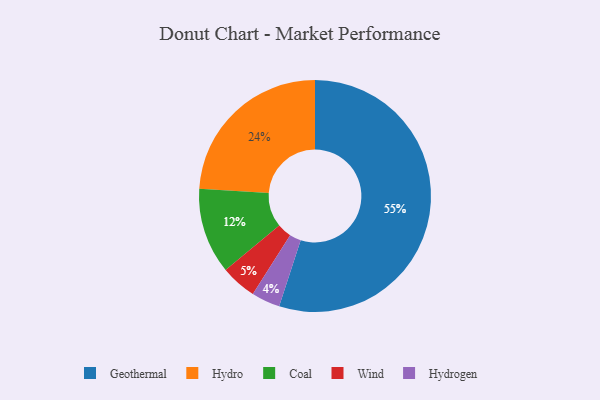
{"axis": {"x": "Category", "y": "Percentage"}, "legend": ["Coal", "Geothermal", "Hydro", "Hydrogen", "Wind"], "data": [{"x": "Wind", "y": 5, "type": "Wind"}, {"x": "Coal", "y": 12, "type": "Coal"}, {"x": "Geothermal", "y": 55, "type": "Geothermal"}, {"x": "Hydro", "y": 24, "type": "Hydro"}, {"x": "Hydrogen", "y": 4, "type": "Hydrogen"}]}